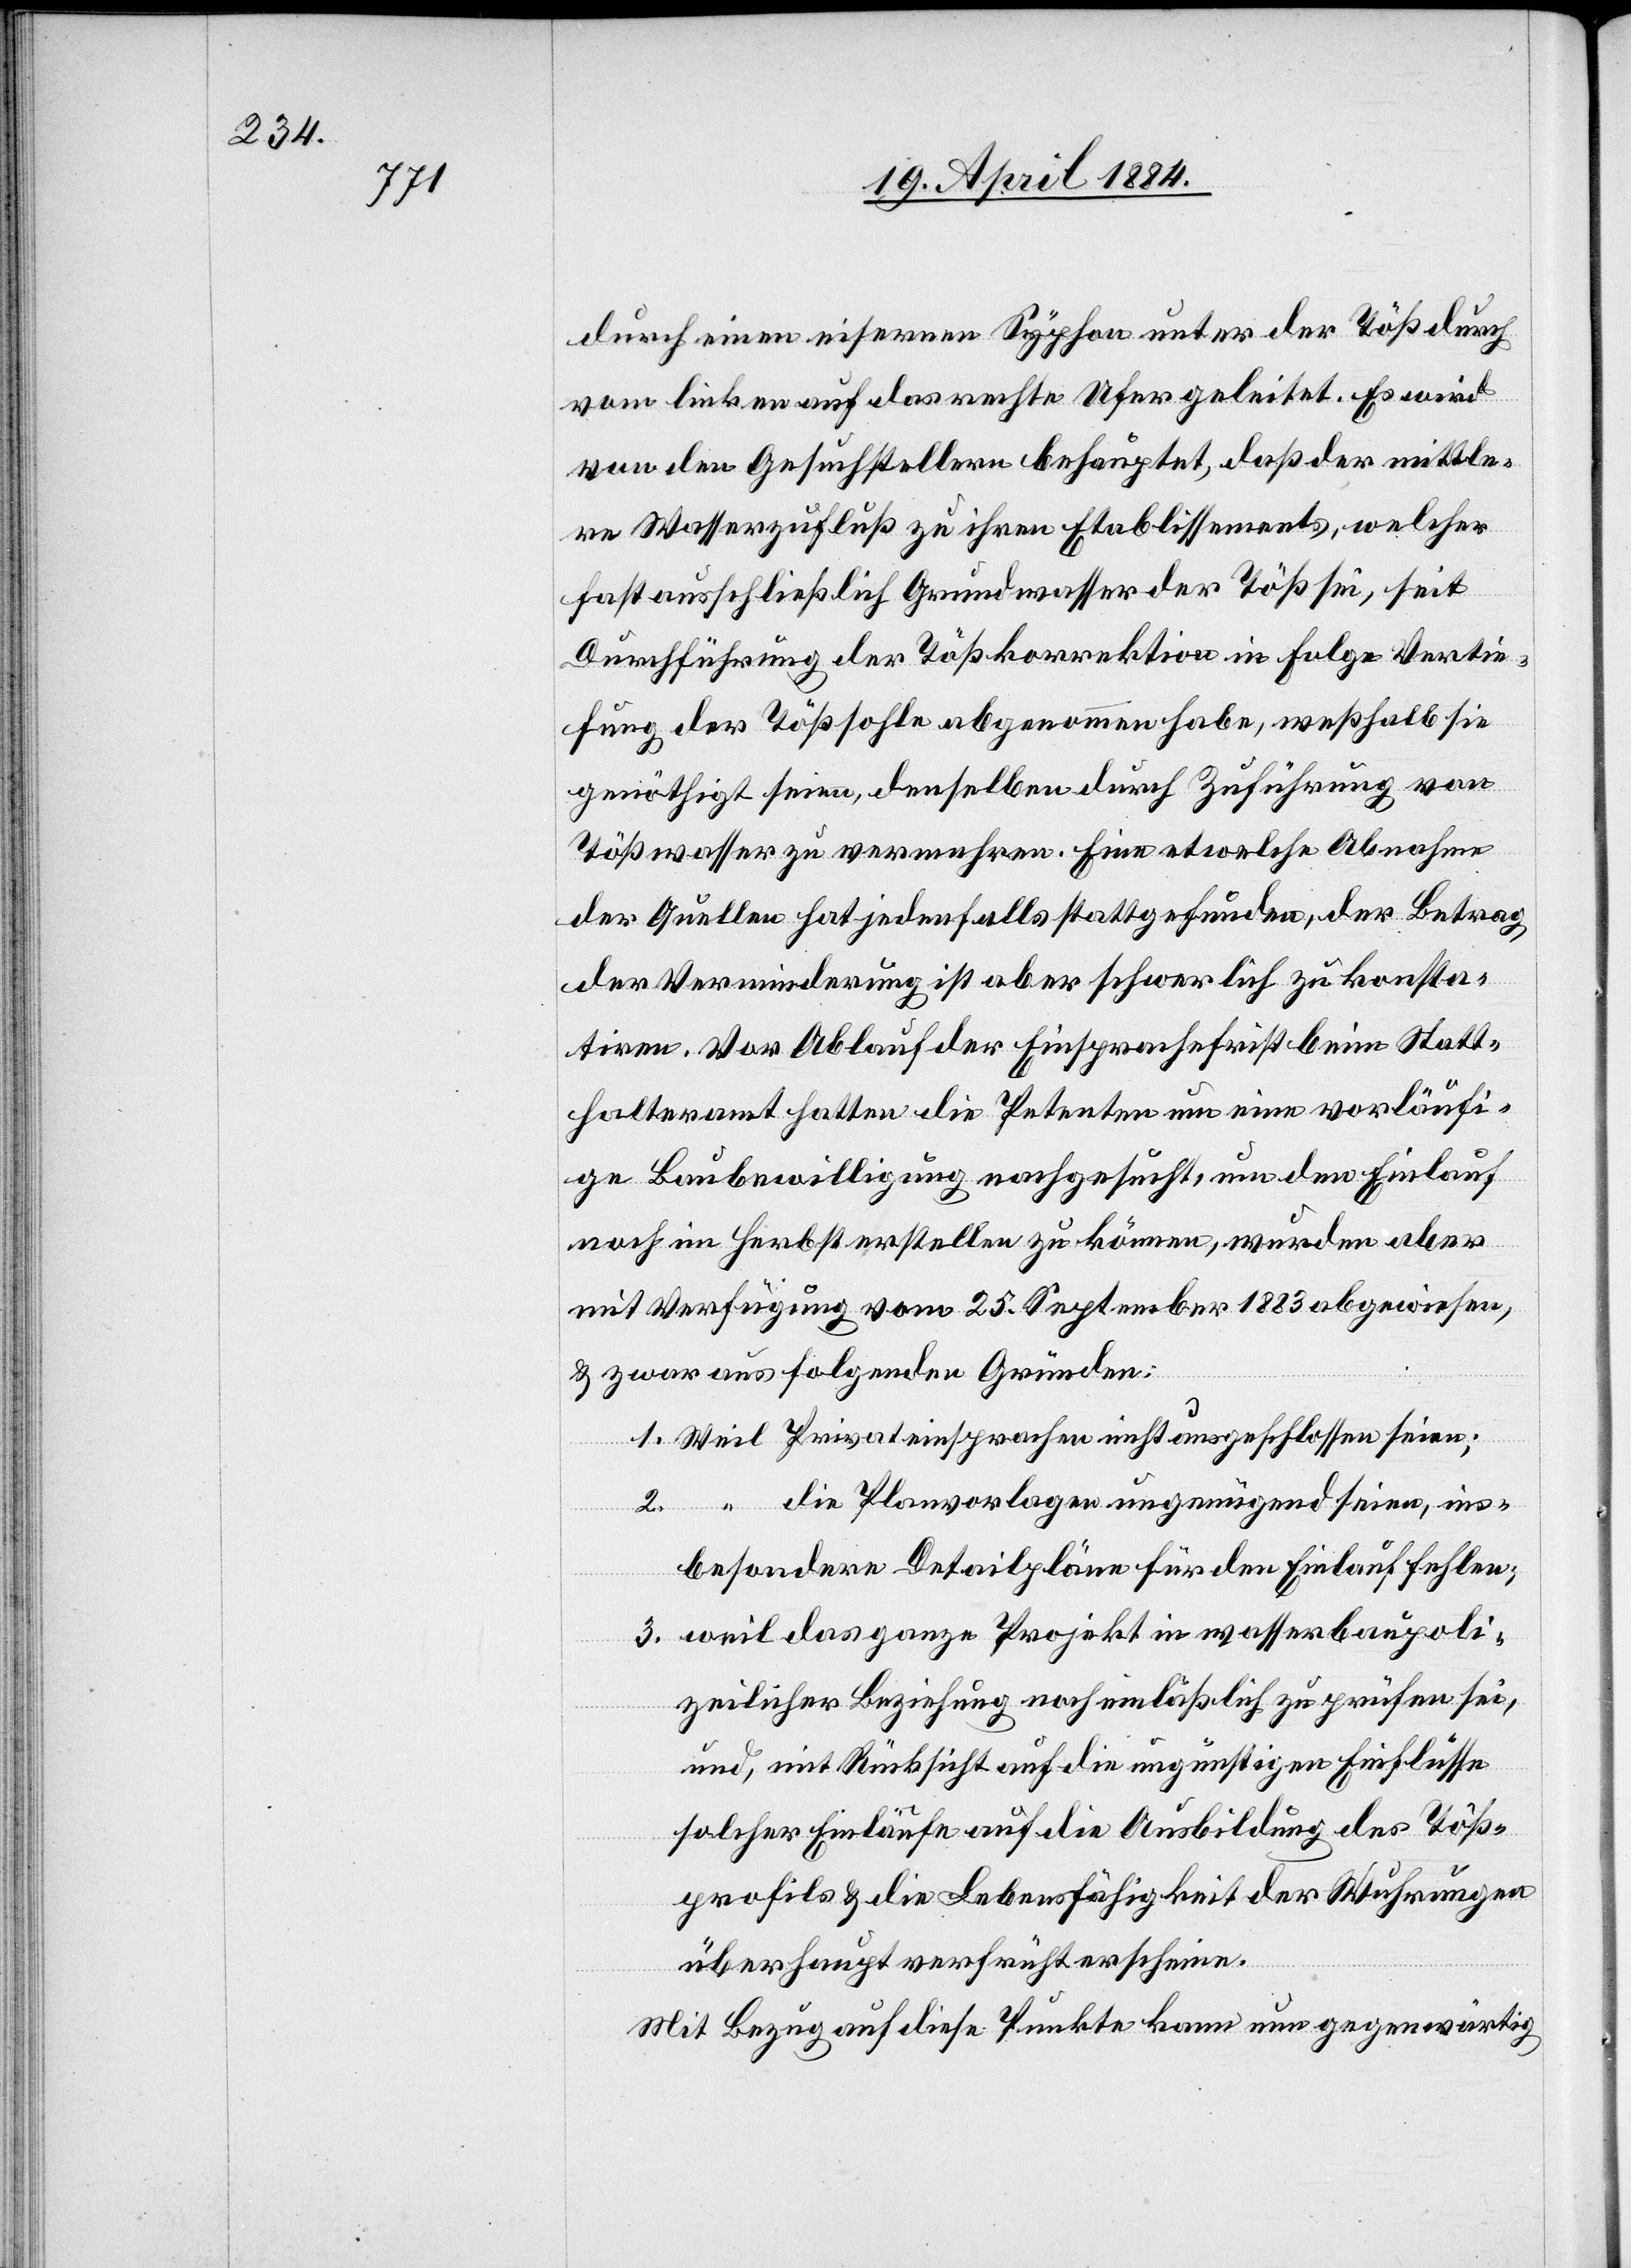
2.
“

durch einen eisernen Syphon unter der Töß durch
vom linken auf das rechte Ufer geleitet. Es wird
von den Gesuchstellern behauptet, daß der mittle¬
re Wasserzufluß zu ihren Etablissements, welcher
fast ausschließlich Grundwasser der Töß sei, seit
Durchführung der Tößkorrektion in Folge Vertie¬
fung der Tößsohle abgenommen habe, weßhalb sie
genöthigt seien, denselben durch Zuführung von
Tößwasser zu vermehren. Eine etwelche Abnahme
der Quellen hat jedenfalls stattgefunden, der Betrag
der Verminderung ist aber schwerlich zu konsta¬
tiren. Vor Ablauf der Einsprachefrist beim Statt¬
halteramt hatten die Petenten um eine vorläufi¬
ge Baubewilligung nachgesucht, um den Einlauf
noch im Herbst erstellen zu könne, wurden aber
mit Verfügung vom 25. September 1883 abgewiesen,
& zwar auf folgenden Gründen:
seien;
die Planvorlagen ungenügend seien, ins¬
besondere Detailpläne für den Einlauf fehlen;
3. weil das ganze Projekt in wasserbaupoli¬
zeilicher Beziehung noch einläßlich zu prüfen sei,
und, mit Rücksicht auf die ungünstigen Einflüsse
solcher Einläufe auf die Ausbildung des Töß¬
profils & die Lebensfähigkeit der Wuhrungen
überhaupt verfrüht erscheine.
Mit Bezug auf diese Punkte kann nun gegenwärtig